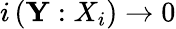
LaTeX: i\left({\mathbf{Y}}:{X}_{i}\right)\rightarrow 0